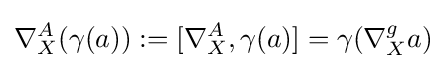
\nabla _{X}^{A}(\gamma (a)):=[\nabla _{X}^{A},\gamma (a)]=\gamma (\nabla _{X}^{g}a)